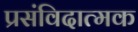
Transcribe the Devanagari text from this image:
प्रसंविदात्मक